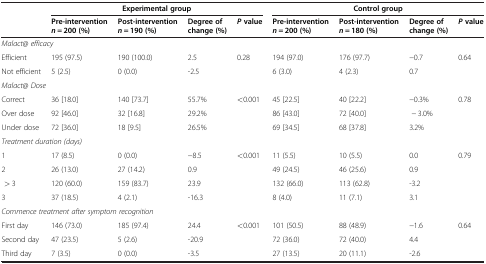
<table><thead><tr><td><b> </b></td><td colspan="4"><b>Experimental group</b></td><td colspan="4"><b>Control group</b></td></tr><tr><td><b> </b></td><td><b>Pre-intervention<i>n</i> = 200 (%)</b></td><td><b>Post-intervention<i>n</i> = 190 (%)</b></td><td><b>Degree of change (%)</b></td><td><b><i>P</i>value</b></td><td><b>Pre-intervention<i>n</i> = 200 (%)</b></td><td><b>Post-intervention<i>n</i> = 180 (%)</b></td><td><b>Degree of change (%)</b></td><td><b><i>P</i>value</b></td></tr></thead><tbody><tr><td colspan="9"><i>Malact@ efficacy</i></td></tr><tr><td>Efficient</td><td>195 (97.5)</td><td>190 (100.0)</td><td>2.5</td><td>0.28</td><td>194 (97.0)</td><td>176 (97.7)</td><td>−0.7</td><td>0.64</td></tr><tr><td>Not efficient</td><td>5 (2.5)</td><td>0 (0.0)</td><td>-2.5</td><td> </td><td>6 (3.0)</td><td>4 (2.3)</td><td>0.7</td><td> </td></tr><tr><td colspan="9"><i>Malact@ Dose</i></td></tr><tr><td>Correct</td><td>36 [18.0]</td><td>140 [73.7]</td><td>55.7%</td><td>&lt;0.001</td><td>45 [22.5]</td><td>40 [22.2]</td><td>−0.3%</td><td>0.78</td></tr><tr><td>Over dose</td><td>92 [46.0]</td><td>32 [16.8]</td><td>29.2%</td><td> </td><td>86 [43.0]</td><td>72 [40.0]</td><td> − 3.0%</td><td> </td></tr><tr><td>Under dose</td><td>72 [36.0]</td><td>18 [9.5]</td><td>26.5%</td><td> </td><td>69 [34.5]</td><td>68 [37.8]</td><td>3.2%</td><td> </td></tr><tr><td colspan="9"><i>Treatment duration (days)</i></td></tr><tr><td>1</td><td>17 (8.5)</td><td>0 (0.0)</td><td>−8.5</td><td>&lt;0.001</td><td>11 (5.5)</td><td>10 (5.5)</td><td>0.0</td><td>0.79</td></tr><tr><td>2</td><td>26 (13.0)</td><td>27 (14.2)</td><td>0.9</td><td> </td><td>49 (24.5)</td><td>46 (25.6)</td><td>0.9</td><td> </td></tr><tr><td> &gt; 3</td><td>120 (60.0)</td><td>159 (83.7)</td><td>23.9</td><td> </td><td>132 (66.0)</td><td>113 (62.8)</td><td>-3.2</td><td> </td></tr><tr><td>3</td><td>37 (18.5)</td><td>4 (2.1)</td><td>-16.3</td><td> </td><td>8 (4.0)</td><td>11 (7.1)</td><td>3.1</td><td> </td></tr><tr><td colspan="9"><i>Commence treatment after symptom recognition</i></td></tr><tr><td>First day</td><td>146 (73.0)</td><td>185 (97.4)</td><td>24.4</td><td>&lt;0.001</td><td>101 (50.5)</td><td>88 (48.9)</td><td>−1.6</td><td>0.64</td></tr><tr><td>Second day</td><td>47 (23.5)</td><td>5 (2.6)</td><td>-20.9</td><td> </td><td>72 (36.0)</td><td>72 (40.0)</td><td>4.4</td><td> </td></tr><tr><td>Third day</td><td>7 (3.5)</td><td>0 (0.0)</td><td>-3.5</td><td> </td><td>27 (13.5)</td><td>20 (11.1)</td><td>-2.6</td><td> </td></tr></tbody></table>